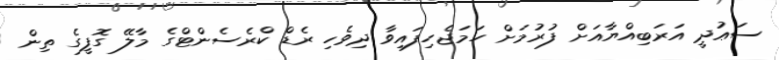
ސަޢުދީ އަރަބިއްޔާއަށް ފުރުމަށް ހަމަޖެހިފައިވާ ދިވެހި ރެޑް ކްރެސެންޓްގެ މާލޭ ގޮފީގެ ތިން